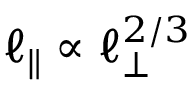
\ell _ { \parallel } \propto \ell _ { \perp } ^ { 2 / 3 }